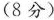
(8分)